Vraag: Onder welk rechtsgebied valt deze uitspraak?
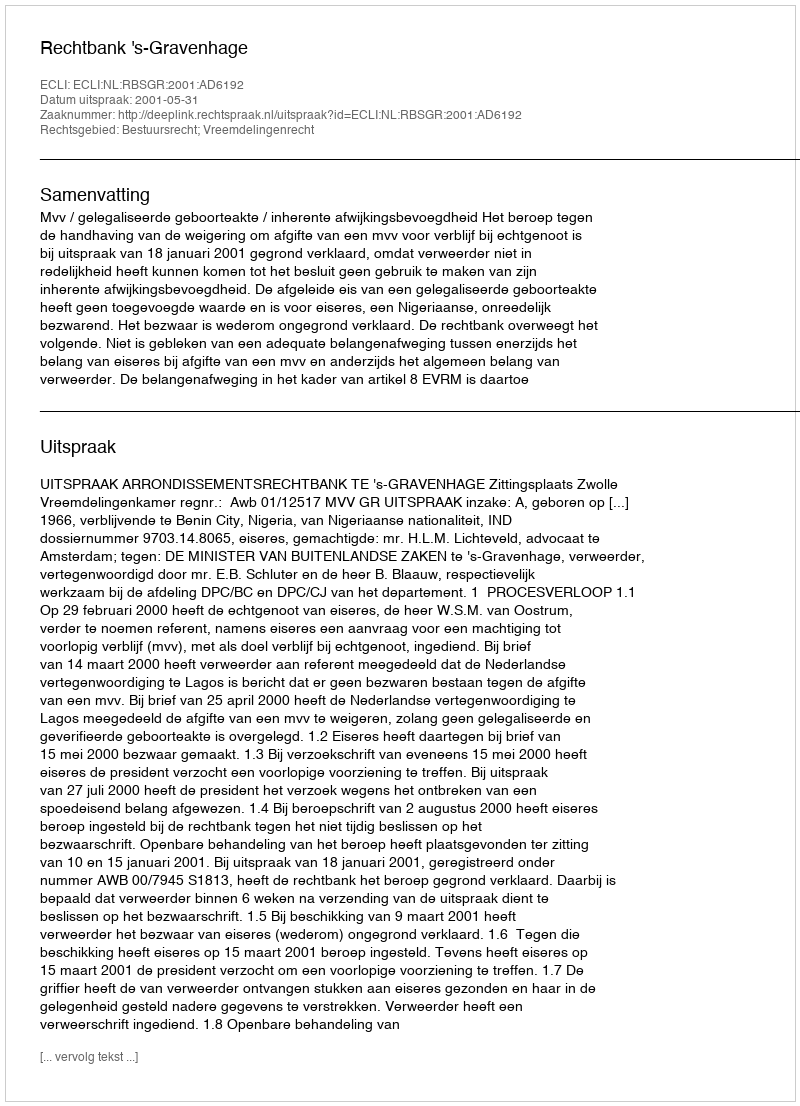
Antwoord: Bestuursrecht; Vreemdelingenrecht